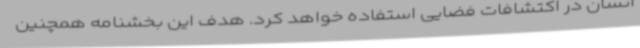
انسان در اکتشافات فضایی استفاده خواهد کرد. هدف این بخشنامه همچنین